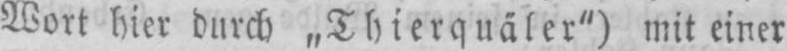
Wort hier durch „Thierquäler“) mit einer